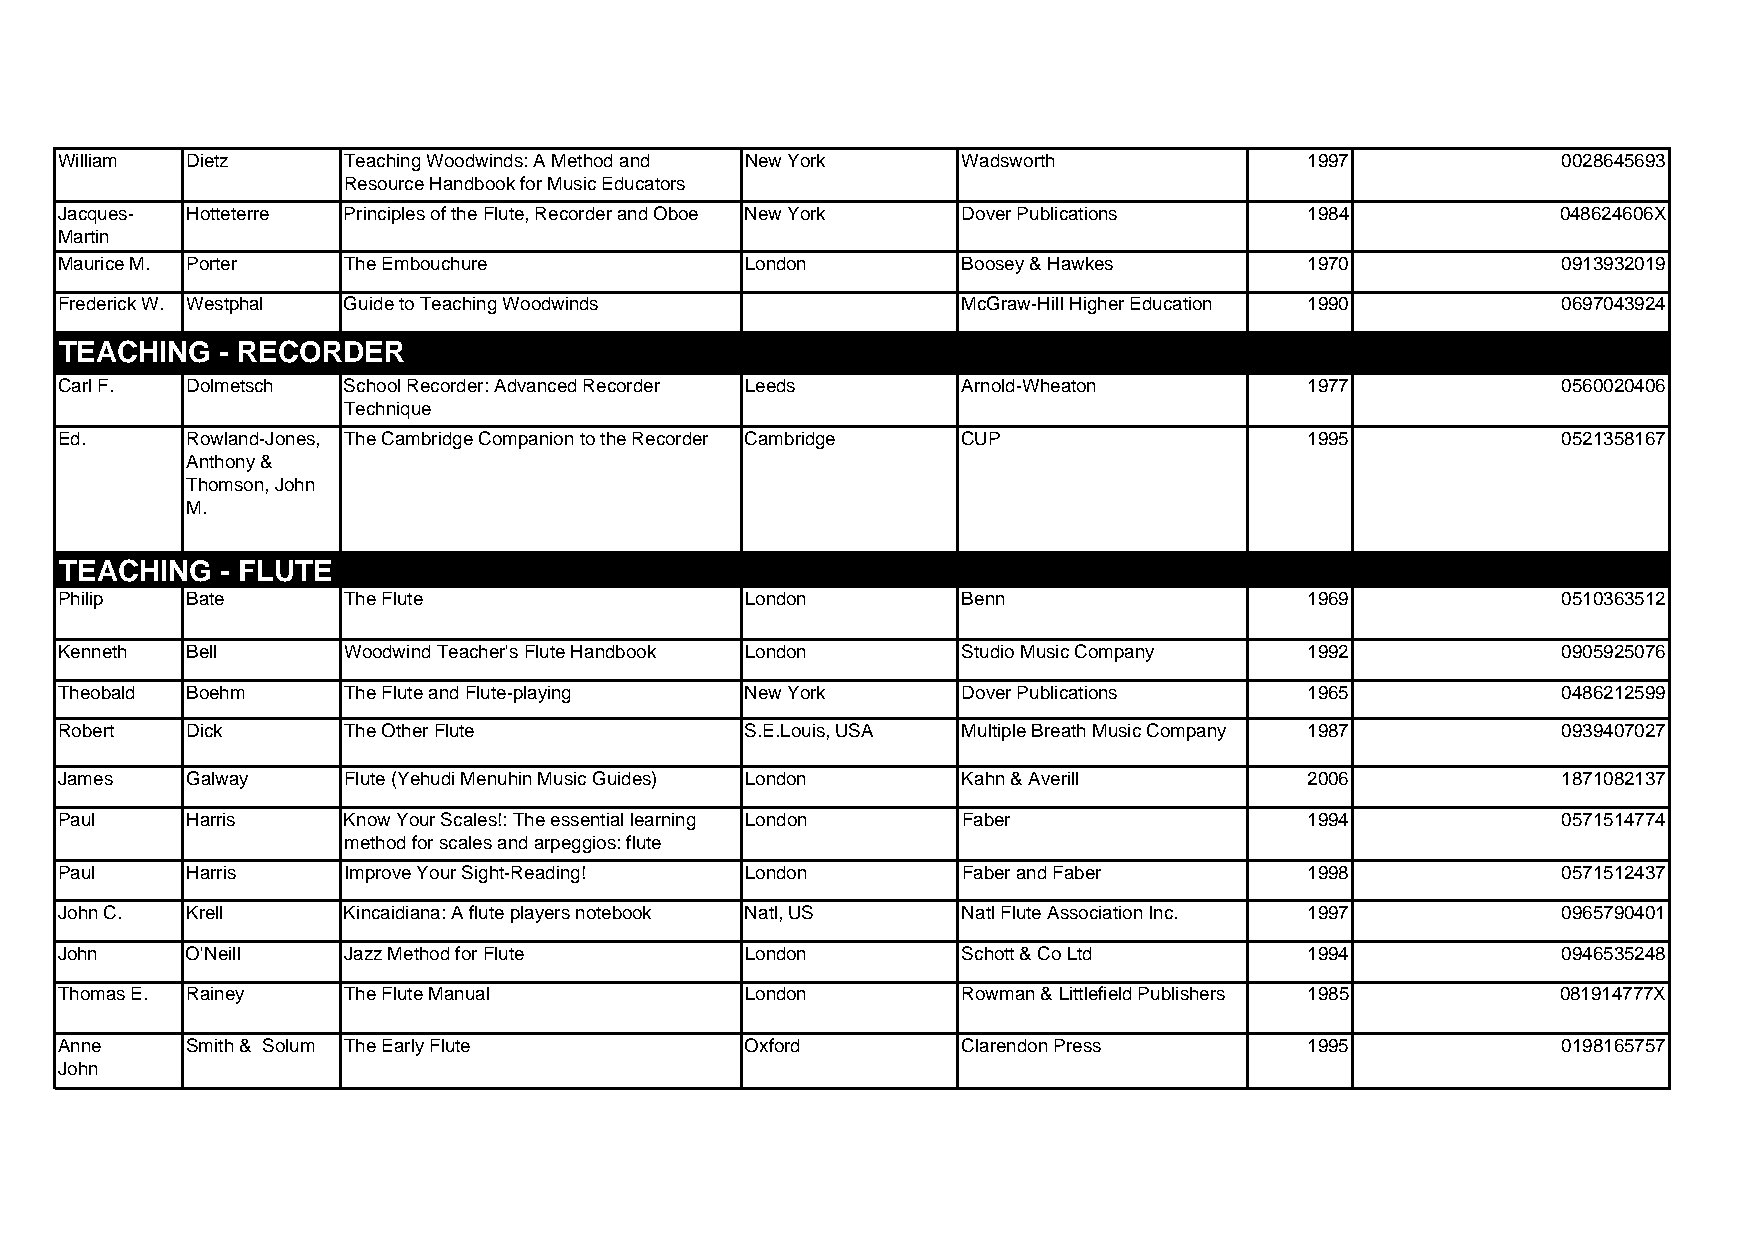
William Dietz      Teaching Woodwinds: A Method and New York Wadsworth             1997            0028645693
 Resource Handbook for Music Educators
 Jacques- Hotteterre Principles of the Flute, Recorder and Oboe New York Dover Publications 1984    048624606X
 Martin
 Maurice M. Porter  The Embouchure            London         Boosey & Hawkes        1970            0913932019
 Frederick W. Westphal Guide to Teaching Woodwinds           McGraw-Hill Higher Education 1990      0697043924
 TEACHING   - RECORDER
 Carl F. Dolmetsch  School Recorder: Advanced Recorder Leeds Arnold-Wheaton         1977            0560020406
 Technique
 Ed.     Rowland-Jones, The Cambridge Companion to the Recorder Cambridge CUP       1995            0521358167
 Anthony &
 Thomson, John
 M.
 TEACHING   - FLUTE
 Philip  Bate       The Flute                 London         Benn                   1969            0510363512
 Kenneth Bell       Woodwind Teacher's Flute Handbook London Studio Music Company   1992            0905925076
 Theobald Boehm     The Flute and Flute-playing New York     Dover Publications     1965            0486212599
 Robert  Dick       The Other Flute           S.E.Louis, USA Multiple Breath Music Company 1987     0939407027
 James   Galway     Flute (Yehudi Menuhin Music Guides) London Kahn & Averill       2006            1871082137
 Paul    Harris     Know Your Scales!: The essential learning London Faber          1994            0571514774
 method for scales and arpeggios: flute
 Paul    Harris     Improve Your Sight-Reading! London       Faber and Faber        1998            0571512437
 John C. Krell      Kincaidiana: A flute players notebook Natl, US Natl Flute Association Inc. 1997 0965790401
 John    O'Neill    Jazz Method for Flute     London         Schott & Co Ltd        1994            0946535248
 Thomas E. Rainey   The Flute Manual          London         Rowman & Littlefield Publishers 1985   081914777X
 Anne    Smith & Solum The Early Flute        Oxford         Clarendon Press        1995            0198165757
 John